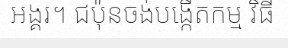
អង្គរ។ ជប៉ុនចង់បង្កើតកម្ម វិធី